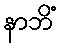
နာဘိံ